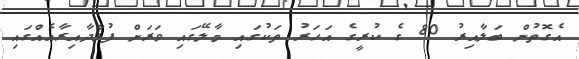
އެގޮތުން ބަލާއިރު 80 ގެ ކުރީގެ އަހަރު ތަކުގައި މާލޭގައި ވަރަށް ފުޅާދާއިރާއެއްގައި